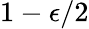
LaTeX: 1-\epsilon/2